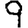
Digit: 9